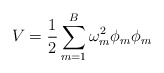
\begin{align*}V = \frac{1}{2} \sum_{m=1}^{B} \omega^{2}_{m} \phi_{m} \phi_{m}\end{align*}